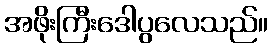
အဖိုးကြီးဒေါပွလေသည်။